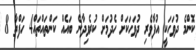
ކޮންމެ ދުވަހަކީ އުފާވެރި ދުވަހަކަށް ހެދުމަށް ކުރެވިދާނެ ބައެއް ކަންތައްތައް4 ހަފްތާ 8